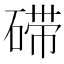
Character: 𱴙